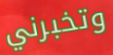
وتخبرني